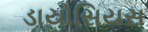
ડાયોસિયસ